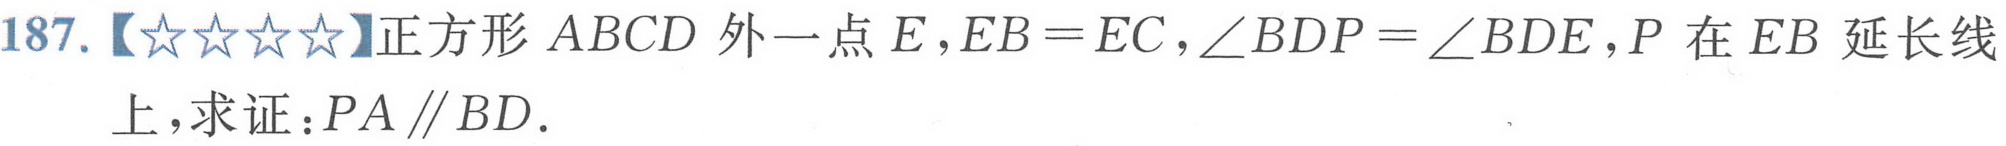
187.【★★★★】正方形\(ABCD\)外一点\(E\)，\(EB = EC\)，\(\angle BDP=\angle BDE\)，\(P\)在\(EB\)延长线
上，求证：\(PA\parallel BD\)．